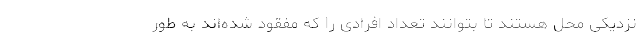
نزدیکی محل هستند تا بتوانند تعداد افرادی را که مفقود شده‌اند به طور